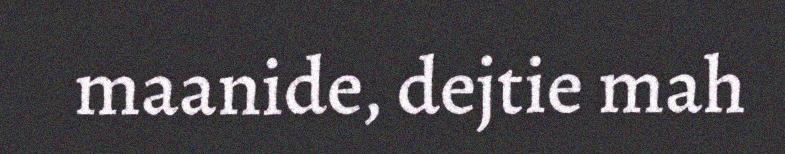
maanide, dejtie mah